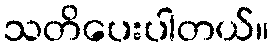
သတိပေးပါတယ်။